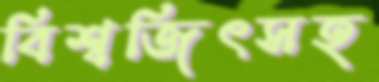
বিশ্বজিৎসহ